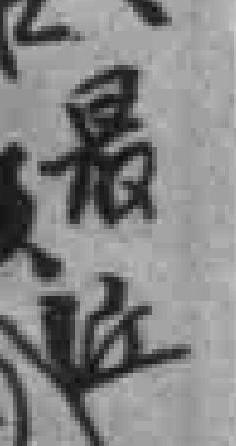
最近